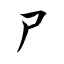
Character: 尸